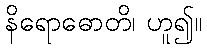
နိရောဓောတိ၊ ဟူ၍။